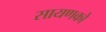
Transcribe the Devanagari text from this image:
सायणको